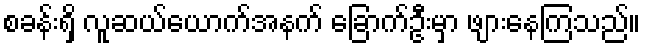
စခန်းရှိ လူဆယ်ယောက်အနက် ခြောက်ဦးမှာ ဖျားနေကြသည်။